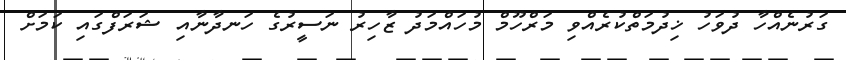
ގަރުނެއްހާ ދުވަހު ޚިދުމަތްކުރެއްވި މަރްހޫމް މުހައްމަދު ޒާހިރު ނަސީރުގެ ހަނދާނާއި ޝަރަފްގައި ކަމަށް